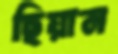
ছিয়ান